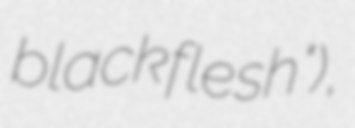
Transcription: black flesh"),